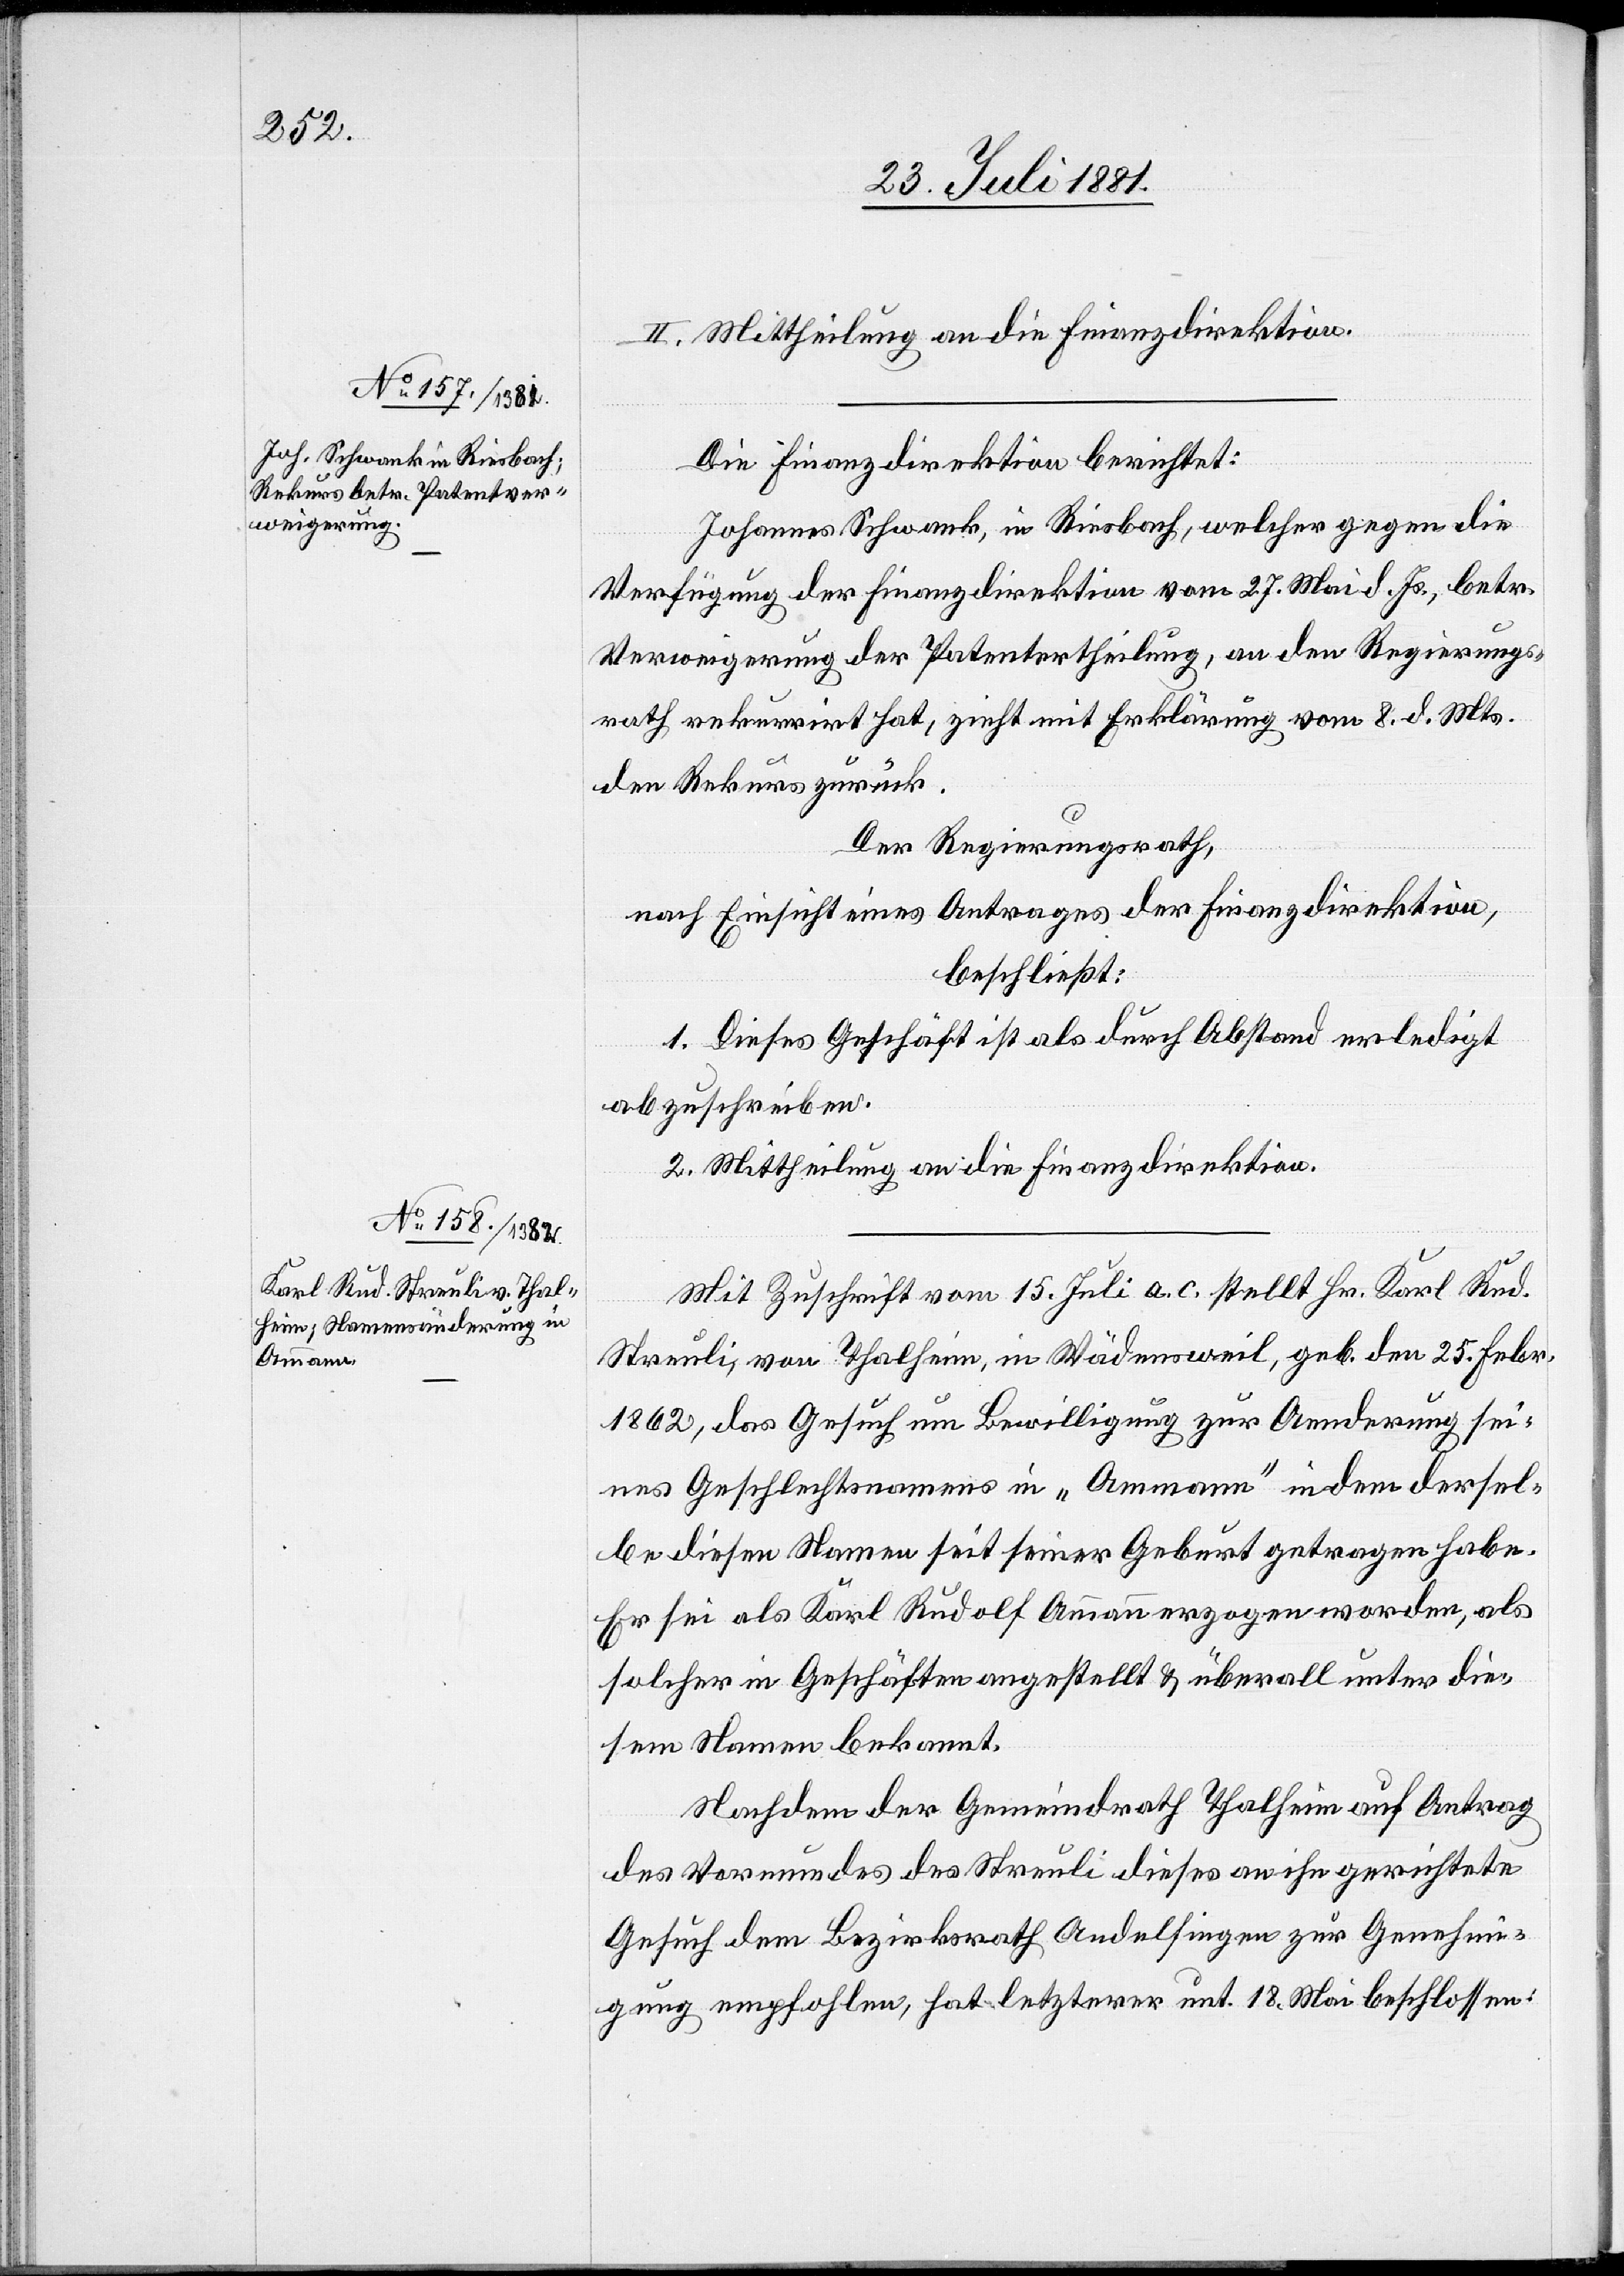
II. Mittheilung an die Finanzdirektion.
Die Finanzdirektion berichtet:
Johannes Schwank in Riesbach, welcher gegen die
Verfügung der Finanzdirektion vom 27. Mai d. Js., betr.
Verweigerung der Patents[e]rtheilung, an den Regierungs¬
rath rekurrirt hat, zieht mit Erklärung vom 8. d. Mts.
den Rekurs zurück.
Der Regierungsrath,
nach Einsicht eines Antrages der Finanzdirektion,
beschließt:
1. Dieses Geschäft ist als durch Abstand erledigt
abzuschreiben.
2. Mittheilung an die Finanzdirektion.
Mit Zuschrift vom 15. Juli a. c. stellt Hr. Karl Rud.
Streuli, von Thalheim, in Wädensweil, geb. den 25. Febr.
1862, das Gesuch um Bewilligung zur Aenderung sei¬
nes Geschlechtsnamens in „Ammann“ indem dersel¬
be diesen Namen seit seiner Geburt getragen habe.
Er sei als Karl Rudolf Ammann erzogen worden, als
solcher in Geschäften angestellt & überall unter die¬
sem Namen bekannt.
Nachdem der Gemeindrath Thalheim auf Antrag
des Vormundes des Streuli dieses an ihn gerichtete
Gesuch dem Bezirksrath Andelfingen zur Genehmi¬
gung empfohlen, hat letzterer unt. 18. Mai beschlossen: